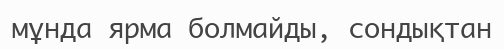
мұнда ярма болмайды, сондықтан